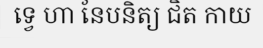
ទ្វេ ហា នែបនិត្យ ជិត កាយ